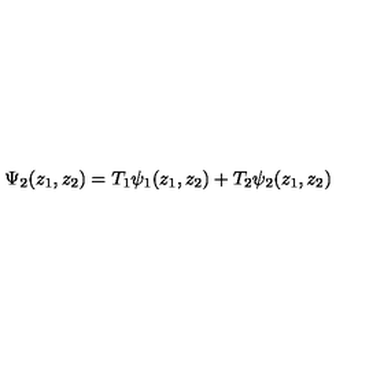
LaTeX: \Psi _ { 2 } ( z _ { 1 } , z _ { 2 } ) = T _ { 1 } \psi _ { 1 } ( z _ { 1 } , z _ { 2 } ) + T _ { 2 } \psi _ { 2 } ( z _ { 1 } , z _ { 2 } )